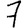
Digit: 7